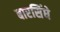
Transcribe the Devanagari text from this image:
बारसिंघे